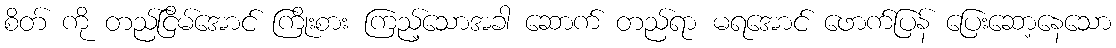
စိတ် ကို တည်ငြိမ်အောင် ကြိုးစား ကြည့်သောအခါ ဆောက် တည်ရာ မရအောင် ဖောက်ပြန် ပြေးဆော့နေသော